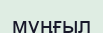
мұңғыл